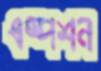
এম্পশন